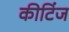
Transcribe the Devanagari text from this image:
कीटिंज